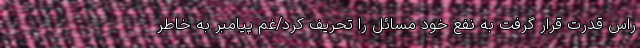
راس قدرت قرار گرفت به نفع خود مسائل را تحریف کرد/غم پیامبر به خاطر